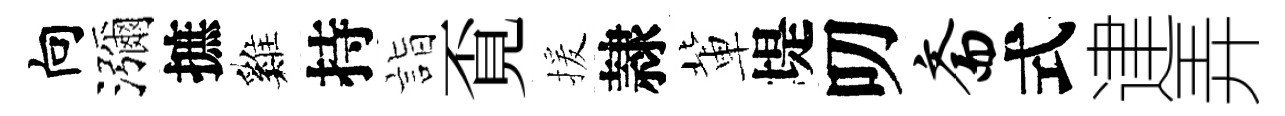
向瀰摭巍持詣覔援隷軰堤叨斋式䢖弄